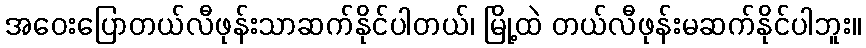
အဝေးပြောတယ်လီဖုန်းသာဆက်နိုင်ပါတယ်၊ မြို့ထဲ တယ်လီဖုန်းမဆက်နိုင်ပါဘူး။